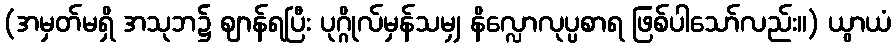
(အမှတ်မရှိ အသုဘ၌ ဈာန်ရပြီး ပုဂ္ဂိုလ်မှန်သမျှ နိလ္လောလုပ္ပစာရ ဖြစ်ပါသော်လည်း။) ယွာယံ